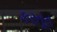
કરતૂત